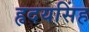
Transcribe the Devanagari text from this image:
हृदयसिंह